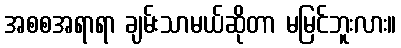
အစစအရာရာ ချမ်းသာမယ်ဆိုတာ မမြင်ဘူးလား။